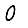
Digit: 0